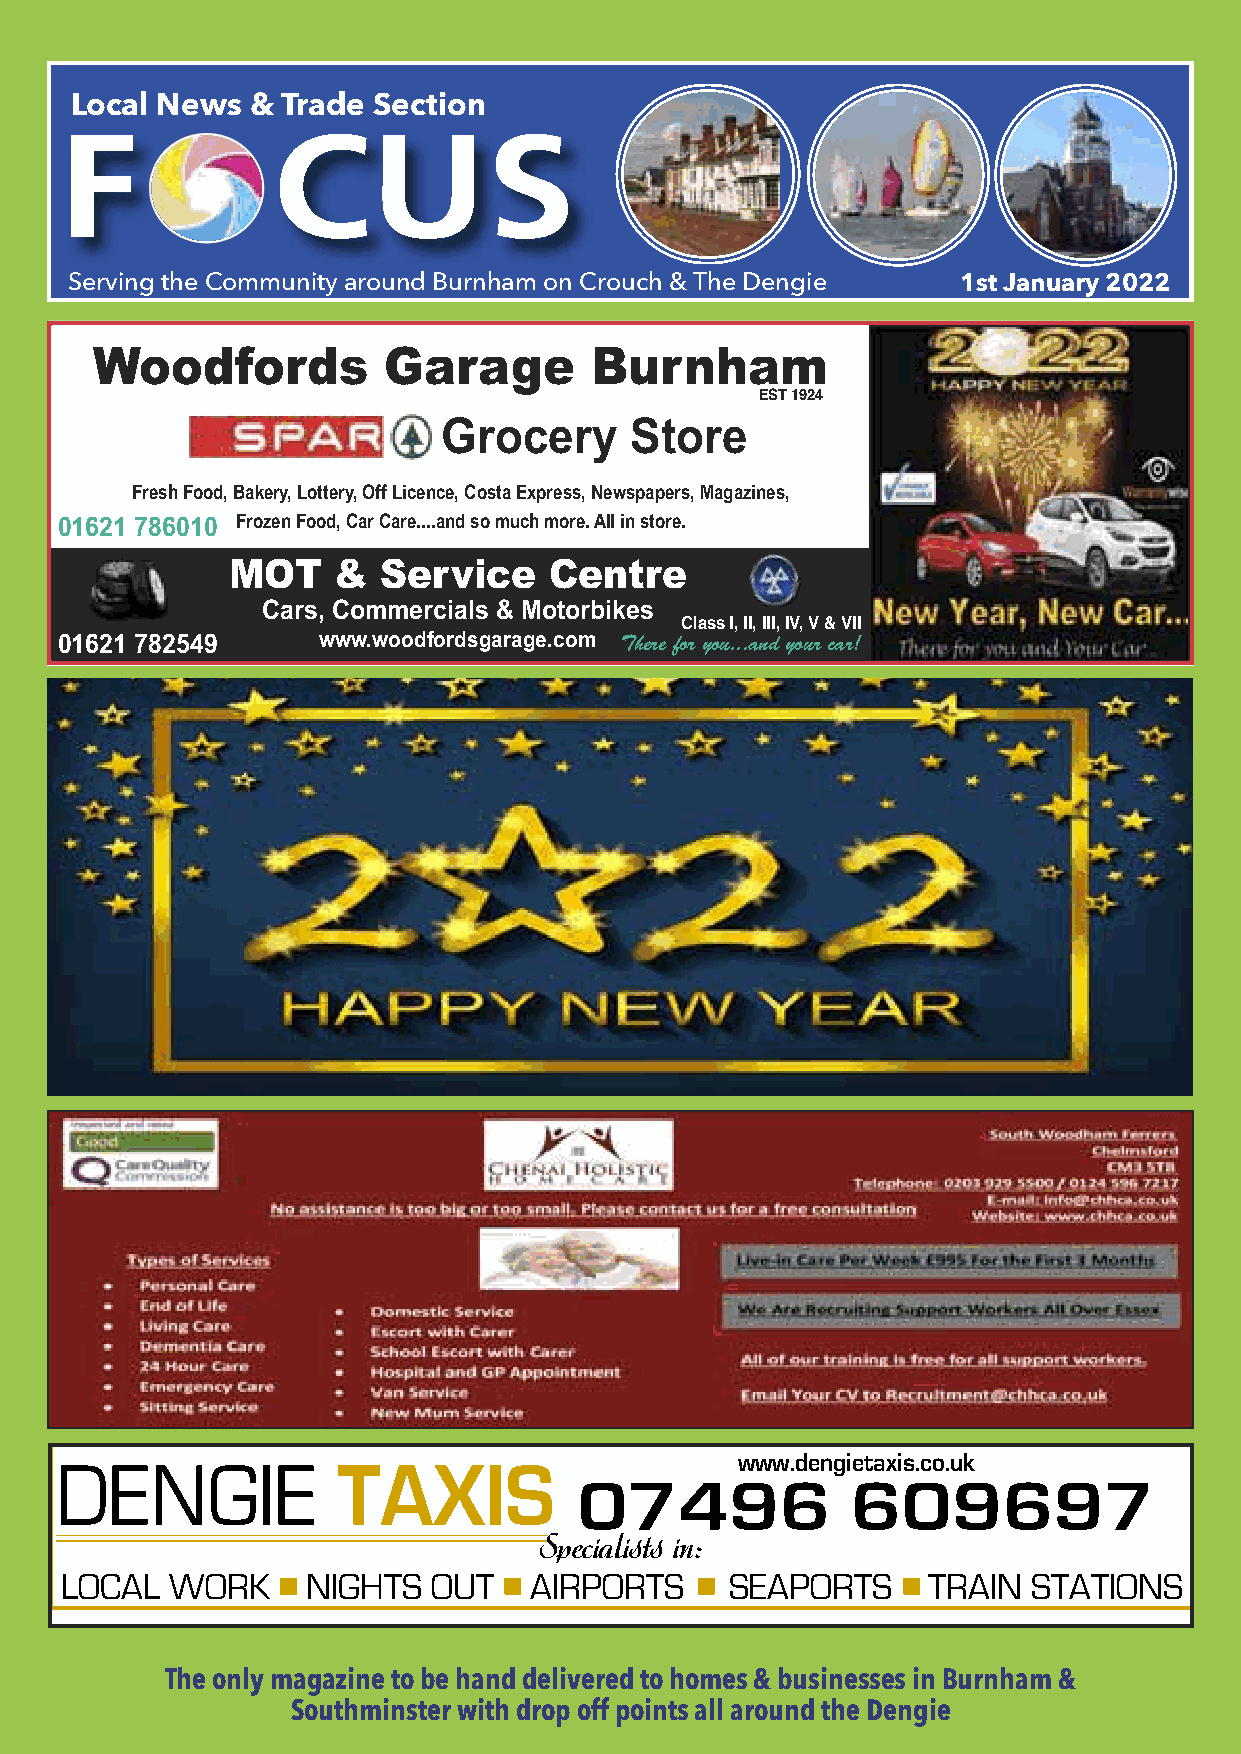
Local News  & Trade Section
 F             CUS
 Serving the Community around Burnham on Crouch & The Dengie 1st January 2022
 Woodfords          Garage        Burnham
 EST 1924
 Grocery      Store
 Fresh Food, Bakery, Lottery, Off Licence, Costa Express, Newspapers, Magazines,
 01621 786010 Frozen Food, Car Care....and so much more. All in store.
 MOT    &  Service    Centre
 Cars, Commercials & Motorbikes
 Class I, II, III, IV, V & VII
 01621 782549     www.woodfordsgarage.com There for you...and your car!
 DENGIE
 TAXIS                      www.dengietaxis.co.uk
 07496             609697
 Specialists in:
 LOCAL  WORK     NIGHTS   OUT   AIRPORTS     SEAPORTS     TRAIN  STATIONS
 The only magazine to be hand delivered to homes & businesses in Burnham &
 Southminster with drop off points all around the Dengie